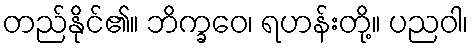
တည်နိုင်၏။ ဘိက္ခဝေ၊ ရဟန်းတို့။ ပညဝါ၊